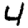
Digit: 4